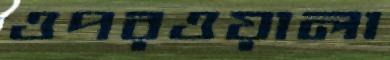
ওপরওয়ালা